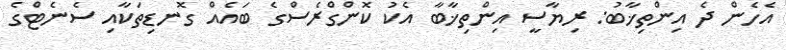
އެހެން ދެ އިންތިޚާބު: ރިޔާސީ އިންތިޚާބާ އެކު ކޮންގްރެސްގެ ބައެއް ގޮނޑިތަކާއި ސެނެޓްގެ